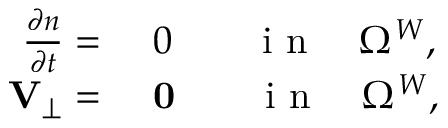
\begin{array} { r l } { \frac { \partial n } { \partial t } = } & { { } ~ 0 \qquad \mathrm { ~ i ~ n ~ } \quad \Omega ^ { W } , } \\ { { \mathbf V } _ { \perp } = } & { { } ~ \mathbf { 0 } \qquad \mathrm { ~ i ~ n ~ } \quad \Omega ^ { W } , } \end{array}